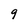
Character: 9